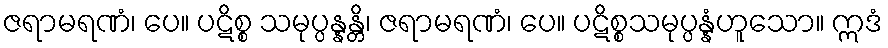
ဇရာမရဏံ၊ ပေ။ ပဋိစ္စ သမုပ္ပန္နန္တိ၊ ဇရာမရဏံ၊ ပေ။ ပဋိစ္စသမုပ္ပန္နံဟူသော။ ဣဒံ